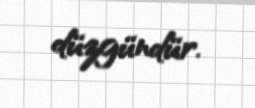
düzgündür.